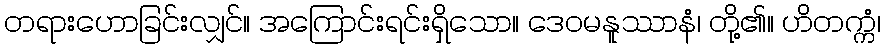
တရားဟောခြင်းလျှင်။ အကြောင်းရင်းရှိသော။ ဒေဝမနူဿာနံ၊ တို့၏။ ဟိတက္ကံ၊